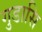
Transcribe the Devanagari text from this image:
गुडासि